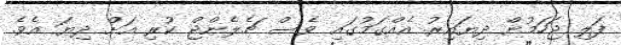
ފަލި ޖަހަމުން ދިޔައިރު އެއްގަމުގައި ވެސް ޗެލެންޖް ކުރި އަށް ދިޔަ އެވެ.